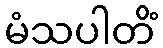
မံသပါတိံ